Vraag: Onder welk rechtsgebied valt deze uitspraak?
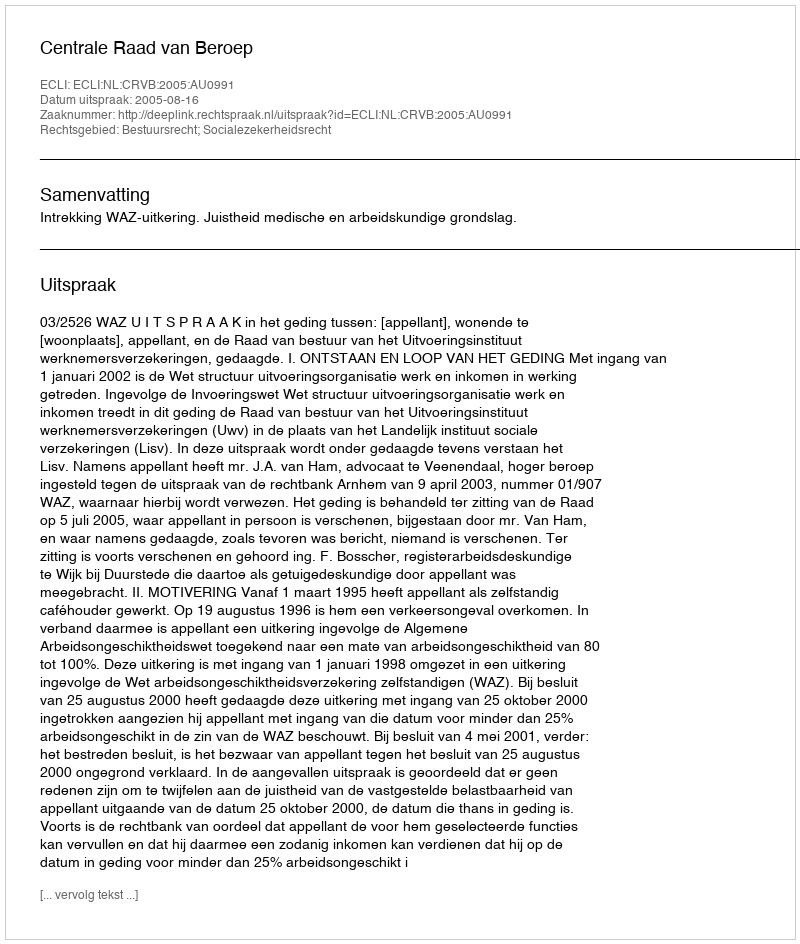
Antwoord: Bestuursrecht; Socialezekerheidsrecht